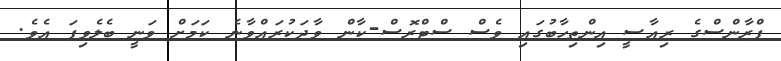
ފްރާންސްގެ ރިއާސީ އިންތިހާބުގައި ވެސް ސްޓްރޮސް-ކާން ވާދަކުރައްވާނެ ކަމަށް ވަނީ ބެލެވިފަ އެވެ.